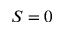
S = 0